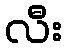
လီး